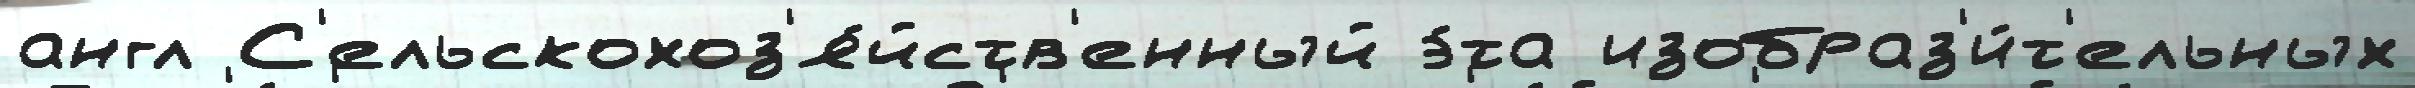
англ С'ельскохоз'я́йств'енный э́та изобраз'и́т'ельных